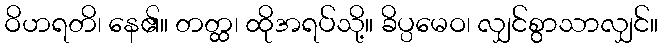
ဝိဟရတိ၊ နေ၏။ တတ္ထ၊ ထိုအရပ်သို့။ ခိပ္ပမေဝ၊ လျှင်စွာသာလျှင်။